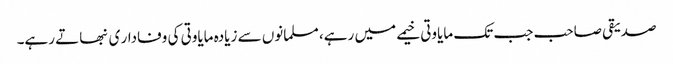
صدیقی صاحب جب تک مایاوتی خیمے میں رہے، مسلمانوں سے زیادہ مایاوتی کی وفادار ی نبھاتے رہے۔